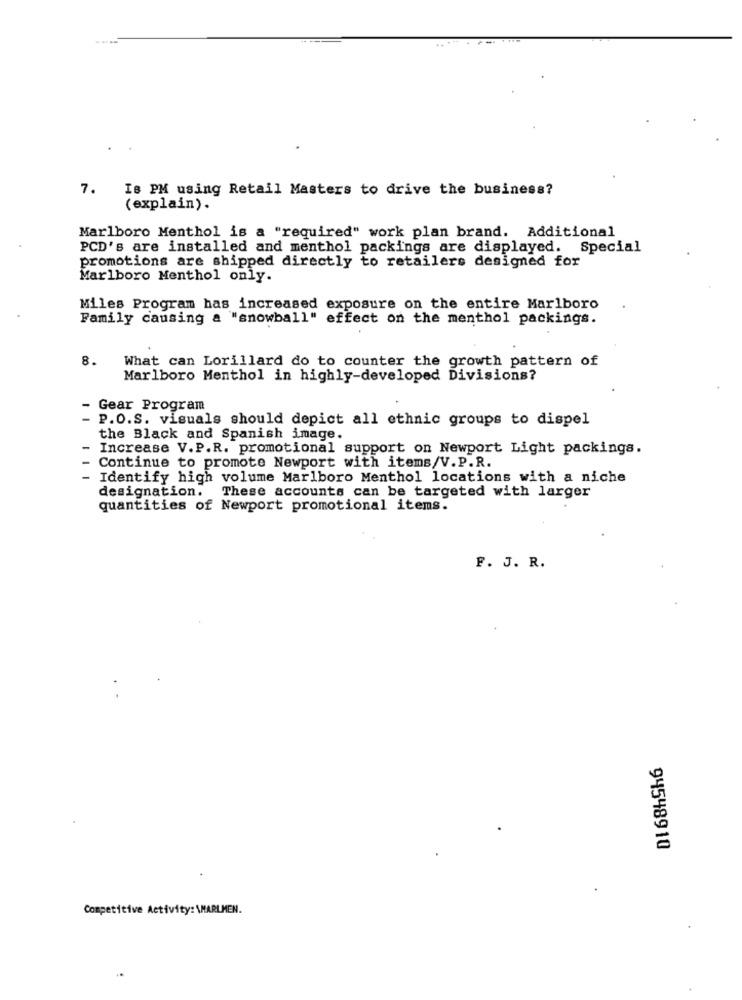
7. Is PM using Retail Masters to drive the business?
(explain).
Marlboro Menthol is a "required" work plan brand. Additional
PCD's are installed and menthol packings are displayed. Special
promotions are shipped directly to retailers designed for
Marlboro Menthol only.
Miles Program has increased exposure on the entire Marlboro
Family causing a "snowball" effect on the menthol packings.
8.
What can Lorillard do to counter the growth pattern of
Marlboro Menthol in highly-developed Divisions?
- Gear Program
- P.O.S. visuals should depict all ethnic groups to dispel
the Black and Spanish image.
Increase V.P.R. promotional support on Newport Light packings.
Continue to promote Newport with items/V.P.R.
- Identify high volume Marlboro Menthol locations with a niche
designation.
These accounts can be targeted with larger
quantities of Newport promotional items.
F. J. R.
94548910
Competitive Activity: \MARLMEN.